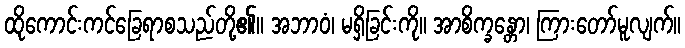
ထိုကောင်းကင်ခြေရာစသည်တို့၏။ အဘာဝံ၊ မရှိခြင်းကို။ အာစိက္ခန္တော၊ ကြားတော်မူလျက်။